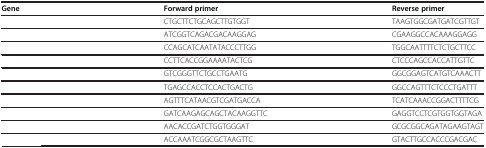
<table><thead><tr><td><b>Gene</b></td><td><b>Forward primer</b></td><td><b>Reverse primer</b></td></tr></thead><tbody><tr><td>[EMPTY_CELL]</td><td>CTGCTTCTGCAGCTTGTGGT</td><td>TAAGTGGCGATGATCGTTGT</td></tr><tr><td>[EMPTY_CELL]</td><td>ATCGGTCAGACGACAAGGAG</td><td>CGAAGGCCACAAAGGAGG</td></tr><tr><td>[EMPTY_CELL]</td><td>CCAGCATCAATATACCCTTGG</td><td>TGGCAATTTTCTCTGCTTCC</td></tr><tr><td>[EMPTY_CELL]</td><td>CCTTCACCGGAAAATACTCG</td><td>CTCCCAGCCACCATTGTTC</td></tr><tr><td>[EMPTY_CELL]</td><td>GTCGGGTTCTGCCTGAATG</td><td>GGCGGAGTCATGTCAAACTT</td></tr><tr><td>[EMPTY_CELL]</td><td>TGAGCCACCTCCACTGACTG</td><td>GGCCAGTTTCTCCCTGATTT</td></tr><tr><td>[EMPTY_CELL]</td><td>AGTTTCATAACGTCGATGACCA</td><td>TCATCAAACCGGACTTTTCG</td></tr><tr><td>[EMPTY_CELL]</td><td>GATCAAGAGCAGCTACAAGGTTC</td><td>GAGGTCCTCGTGGTGGTAGA</td></tr><tr><td>[EMPTY_CELL]</td><td>AACACCGATCTGGTGGGAT</td><td>GCGCGGCAGATAGAAGTAGT</td></tr><tr><td>[EMPTY_CELL]</td><td>ACCAAATCGGCGCTAAGTTC</td><td>GTACTTGCCACCCGACGAC</td></tr></tbody></table>